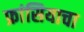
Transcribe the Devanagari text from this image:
फ्रांसियाचा